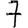
Digit: 7